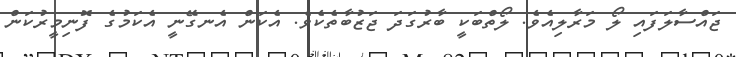
ޖައްސާލަފައި ލޯ މަރާލިއެވެ. ލޯތްބަކީ ބާރުގަދަ ޖަޒުބާތެކެވެ. އެކަން އެނގޭނީ އެކަމުގެ ފޮނިމީރުކަން